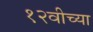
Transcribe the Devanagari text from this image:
१२वीच्या